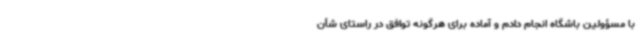
با مسؤولین باشگاه انجام دادم و آماده برای هرگونه توافق در راستای شأن